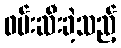
ဖမ်းဆီးခဲ့သည့်